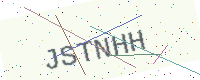
Text: JSTNHH